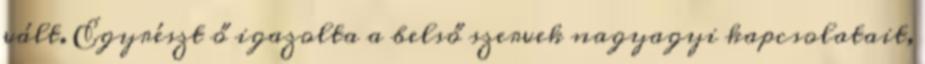
vált. Egyrészt ő igazolta a belső szervek nagyagyi kapcsolatait,